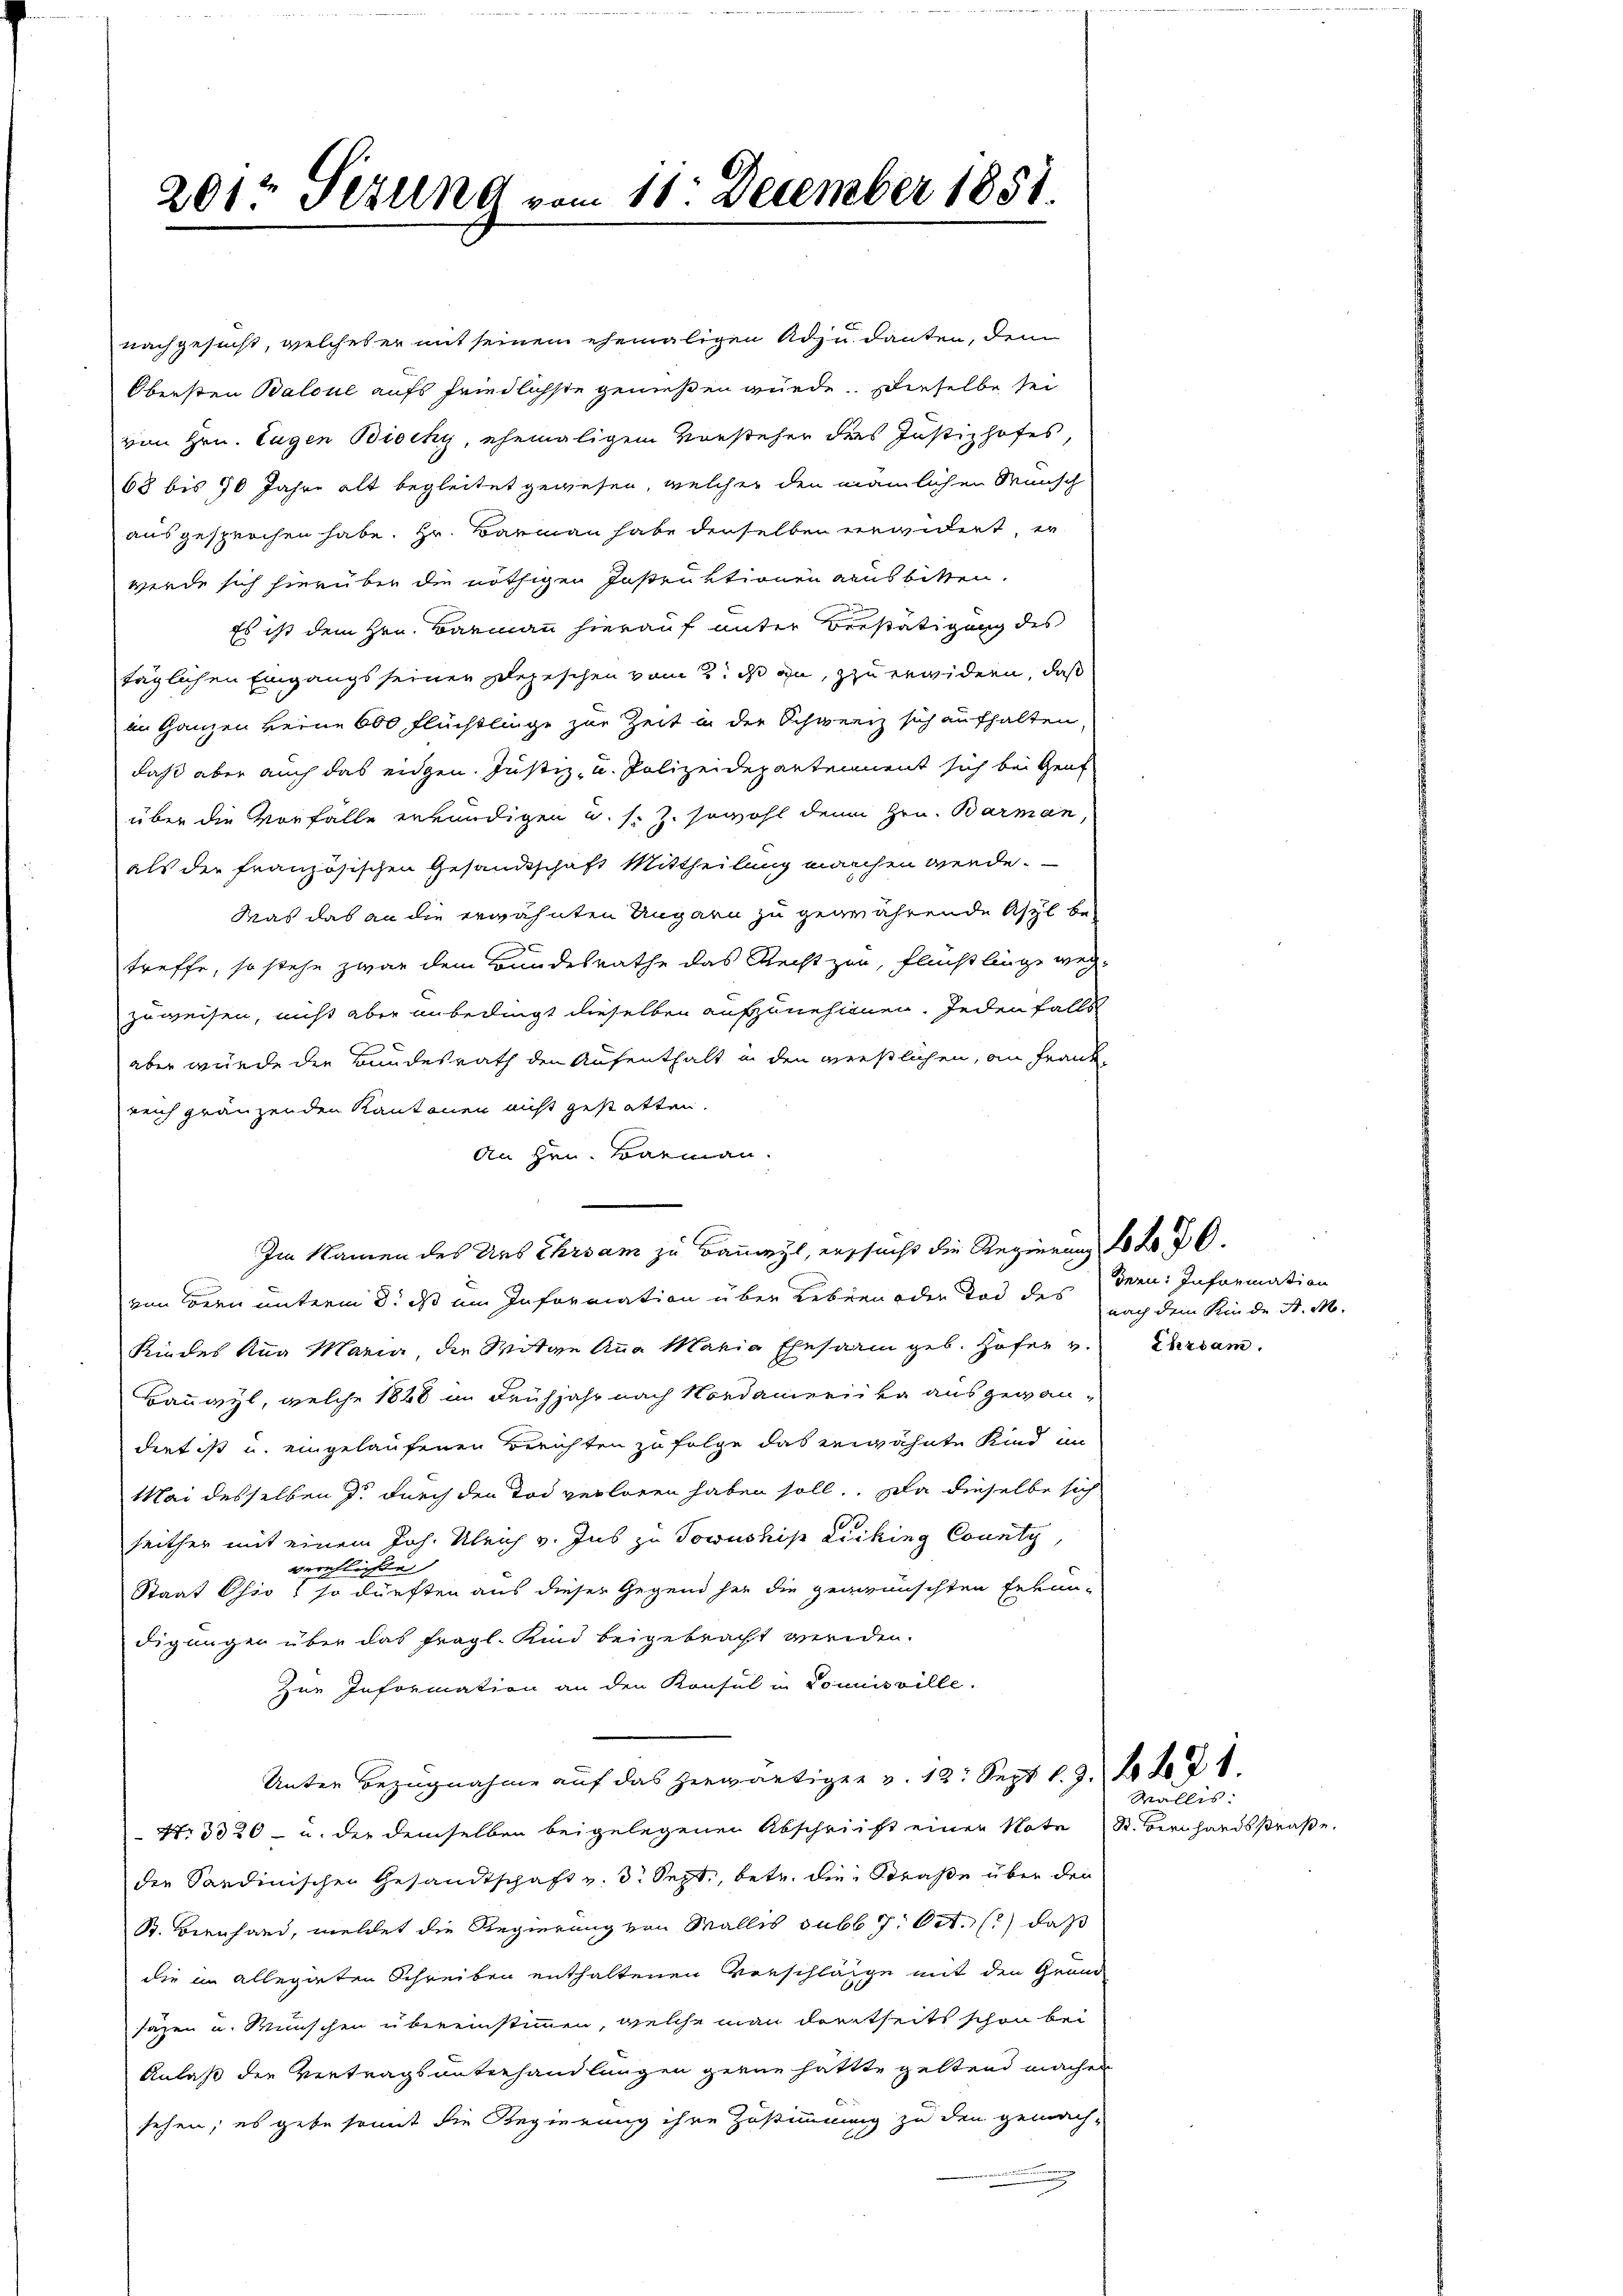
201 Perung vom 11. December 1851.

nachgesucht, welches er mit seinem ehemaligen zu danken, dem
Obersten Balcul aufs friedlichste genießen würde. Dieselbe sei
von Hrn. Eugen Biocky, ehemaligem Vorsteher des Justizhofes
68 bis 70 Jahre alt begleitet gewesen, welcher den nämlichen Wunsch
ausgesprochen habe. Hr. Barmann habe derselben verwidert, er
werde sich hierüber die nöthigen Instruktionen ausbitten.
u
Es ist dem Hrn. Barmann hierauf unter Berstätigung des
täglichen Eingangs seiner Depeschen vom 2. ds zu, zu erwidern, daß
im Ganzen keine 600 Flüchtlinge zur Zeit in der Schweiz sich aufhalten,
daß aber auch das eidgen. Justiz- u. Polizeidepartennent sich bei Gent
über die Vorfalle erkundigen u. s. Z. sowohl denn Hrn. Barman
als der französischen Gesandtschaft Mittheilung manchen werde.
Was das an die erwähnten Ungarn zu gewährende Asyl be-
treffe, so stehe zwar dem Bundesrathe das Recht zur Flucht liege wegzuweisen, nicht aber unbedingt dieselben aufzunehmen. Jeden falls
aber würde die Bundesrath den Aufenthalt in den verstlichen, an Frank-
reich gränzenden Kantonen nicht gestatten.
An Hrn. Barmann.
von Bern unterm 8. ds ein Information über Leben oder Tod des
Kindes Ana Maria, der Witwe Anna Maria Ehesarm geb. Hofer v. Ehrsam
Bauayl, welche 1848 in Frühjahr nach Nordamerika ausgewandert ist u. eingelaufenen Berichten zu folge das erwähnte Kind in
Mai desselben zu durch den Tod verloren haben soll. Da dieselbe sich
seither mit einem Joh. Ulrich v. Jus zu Towuship Licking County,
verehlichte
Staat Ohio, so dürften aus dieser Gegend her die gewünschten Erkun-
digungen über das fragl. Kind beigebracht werden.
Zur Information an den Konsul in Louisville.
Unter Bezugnahme auf das herwärtiger v. 12. Sept. l. 3. 20. d. 1.
Nr. 3320 - u. der demselben beigelegenen Abschrift einer Note St. Bernhardsstraße
der Sardinischen Gesandtschaft v. 3. Sept., betr. die Straße über den
St. Bienhand, welchet die Regierung von Wallis subb 7. Oct. 1) daß
die im allegirten Schreiben enthaltenen Verschläge mit den Grund
säzen u. Wünschen übereinstimmen, welche man derseits schon bei
Anlaß der Vertrags unterhandlungen gerne hattte geltend machen
sehen; es gebe sonnt die Regierung ihre Zustimmmung zu den gemach-

Im Namen des Aus Ehrsam zu bangt, ersucht die Regierung 20 x 70.

dern: Information
nach dem Kinde A. M.

Wallis.